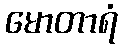
မောတာရံ